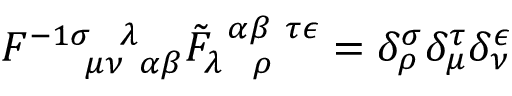
F _ { ~ ~ ~ ~ \mu \nu ~ \alpha \beta } ^ { - 1 \sigma ~ ~ \lambda } \tilde { F } _ { \lambda ~ ~ \rho } ^ { ~ \alpha \beta ~ \tau \epsilon } = \delta _ { \rho } ^ { \sigma } \delta _ { \mu } ^ { \tau } \delta _ { \nu } ^ { \epsilon }